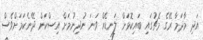
އަދި މާދަމާ ރޭގެ މެޗުގައި ބައިކޮޅަށް ލަނޑެއް ވަނަ ނުދިނުމަށް އިސްކަން ދޭނެކަމަށްވެސް